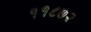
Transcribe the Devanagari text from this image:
११८७२